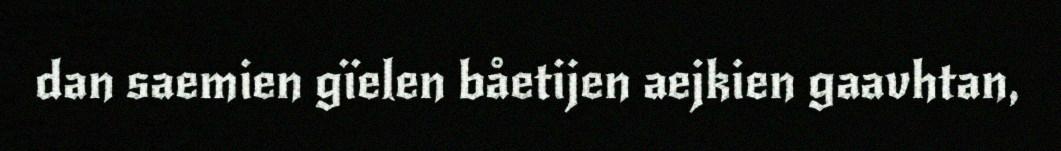
dan saemien gïelen båetijen aejkien gaavhtan,